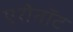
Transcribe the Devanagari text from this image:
एरोनॉट